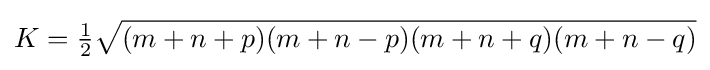
K={\tfrac {1}{2}}{\sqrt {(m+n+p)(m+n-p)(m+n+q)(m+n-q)}}